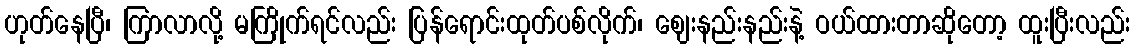
ဟုတ်နေပြီ၊ ကြာလာလို့ မကြိုက်ရင်လည်း ပြန်ရောင်းထုတ်ပစ်လိုက်၊ ဈေးနည်းနည်းနဲ့ ဝယ်ထားတာဆိုတော့ ထူးပြီးလည်း